Janeda_(Ambla)_vallavalitsus, lk 44
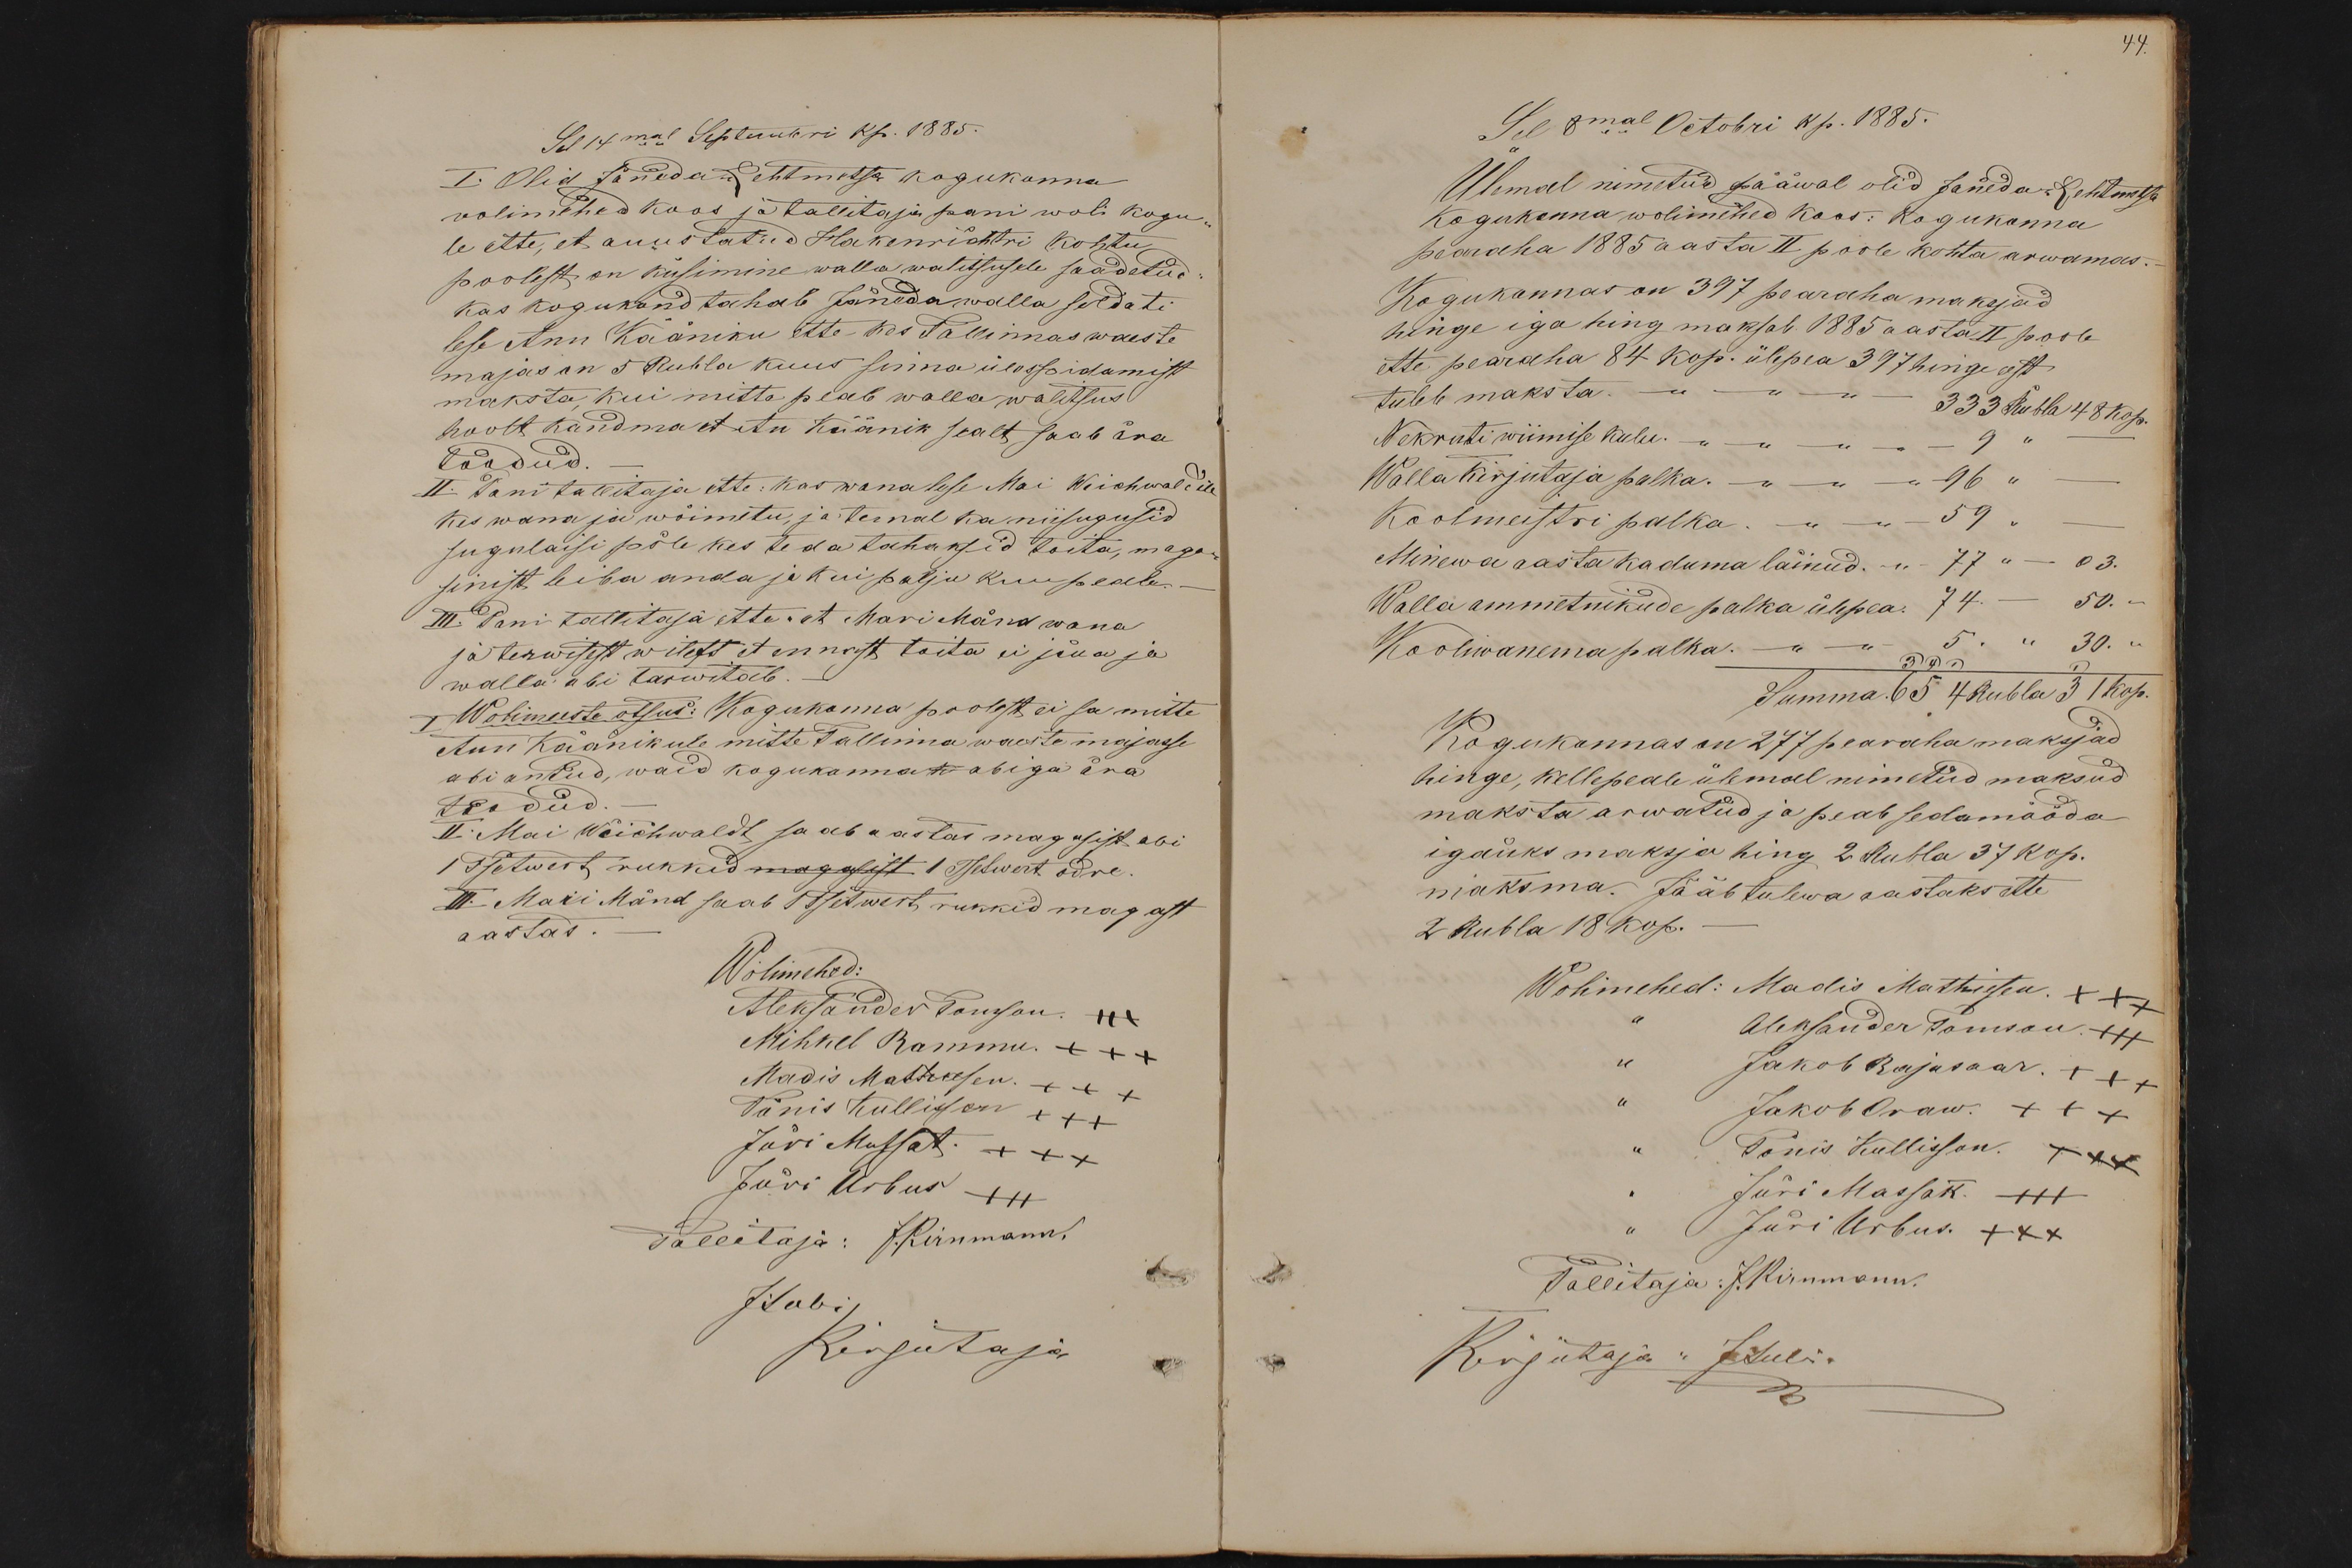
Sel 14mal Septembri kp. 1885.
I. Olid Jäneda-Lehtmetsa kogukonna
volimehed koos ja tallitaja pani woli kogu
le ette, et auustatud Hakenrichtri kohtu
poolest on küsimine walla walitsusele saadatud
kas kogukond tahab Jäneda walla soldati
lese Ann Kääniku ette kes Tallinnas waeste
majas on 5 Rubla kuus senna ülespidamist
maksta, kui mitte peab wallawalitsus
hoolt kandma et An Käänik sealt saab ära
toodud.
II. Pani tallitaja ette: kas wana lese Mai Weichwald'ile
kes wana ja wõimetu, ja temal ka niisugusid
sugulaisi põle kes teda tahaksid toita, maga
sinist leiba anda ja kui palju kuu peale.
III. Pani tallitaja ette . et Mari Mänd wana
ja terwisest wilets et ennast toita ei jõua ja
walla abi tarwitab.
Wolimeeste otsus: Kogukonna poolest ei sa mitte
Ann Käänikule mitte Tallinna waeste majasse
abi antud, waid kogukonna h abiga ära
toodud.
II. Mai Weichwaldt saab aastas magasist abi
1 Tsetwert rukkid magasist 1 Tsetwert odre.
III. Mari Mänd saab 1 Tsetwert rukkid magast
aastas
Wolimehed:
Aleksander Tomson. +++
Mihkel Rammu. +++
Madis Mathiesen. +++
Tõnis Kullisson +++
Jüri Mussat. XXX
Jüri Urbus +++
Tallitaja: J. Kirnmann.
J.Lubi
Kirjutaja

44.
Sel 8mal Octobri kp. 1885.
Ülemal nimetud pääwal olid Jäneda-Lehtmetsa
kogukonna wolimehed koos: kogukonna
pearaha 1885 aasta II poole kohta arwamas.
Kogukonnas on 397 pearaha maksjad
hinge iga hing maksab 1885 a aasta II poole
ette pearaha 84 kop. ülepea 397 hinge eest
tuleb maksta. -" - 333 Rubla 48 kop.
Nekruti wiimise kulu. -" - 9 "
Walla kirjutaja palka. -" - 96 "
Koolmeistri palka. -" - 59 "
Minewa aasta kaduma läinud. -"- 77 " - 03.
Walla ammetnikude palka ülepea 74. - 50.
Kooliwanema palka. -" - 5. " 30. "
Summa: 65 4Rubla 3 1 kop.
Kogukonnas on 277 pearaha maksjad
hinge, kellepeale ülemal nimetud maksud
maksta arwatud ja peab sedamööda
igaüks maksja hing 2 Rubla 37 kop.
maksma. Jääb tulewa aastaks ette
2 Rubla 18 kop.
Wolimehed: Madis Mathiesen XXX
Aleksander Tomson. XXX
" Jakob Rajasaar. +++
" Jakob Oraw. +++
" Tõnis Kullisson. XXX
Jüri Massak. +++
Jüri Urbus. XXX
Tallitaja: J.Kirnmann.
Kirjutaja " JLubi.